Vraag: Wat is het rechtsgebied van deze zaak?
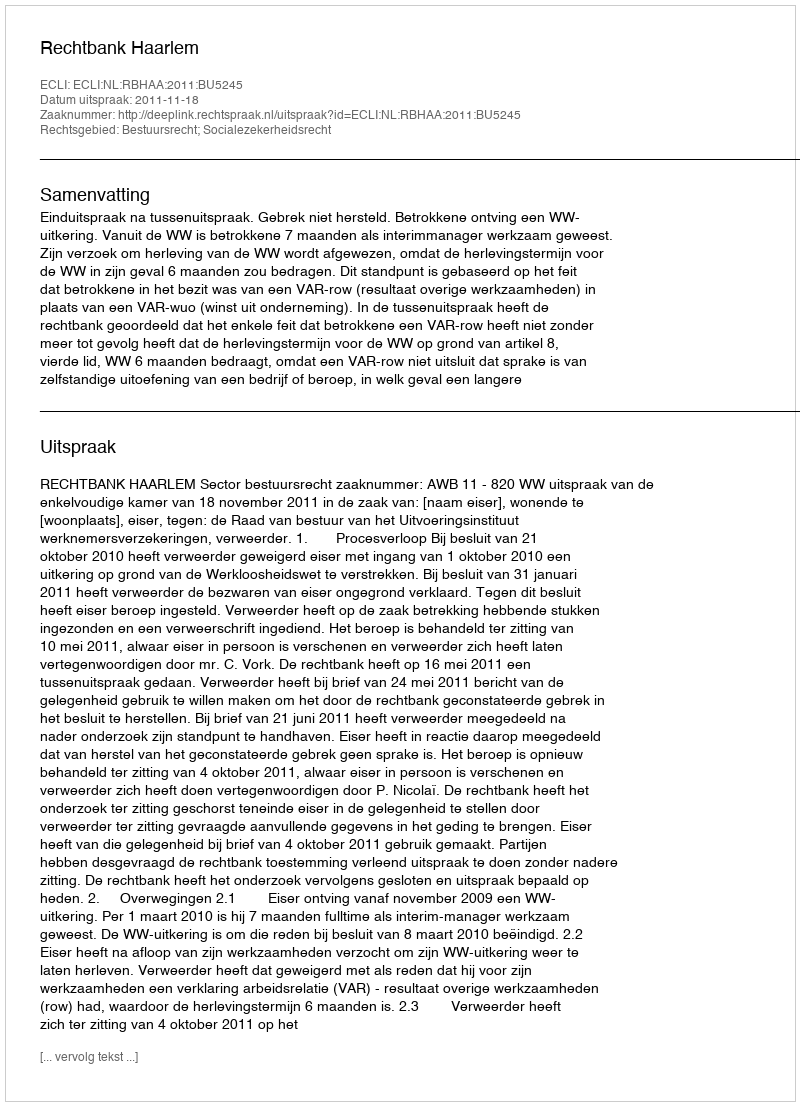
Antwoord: Bestuursrecht; Socialezekerheidsrecht